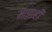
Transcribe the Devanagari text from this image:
माझाही